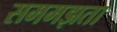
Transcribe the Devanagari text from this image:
सममझता